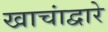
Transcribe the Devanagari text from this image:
खाचांद्वारे